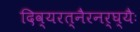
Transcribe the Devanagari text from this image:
दिव्यरत्नैरनर्घ्यैः